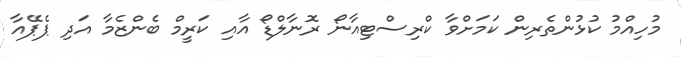
މުހިއްމު ކުޅުންތެރިން ކަމަށްވާ ކްރިސްޓިއާނޯ ރޮނާލްޑޯ އާއި ކަރީމް ބެންޒެމާ އަދި ޕެޕޭއާ